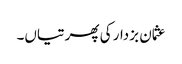
عثمان بزدار کی پھرتیاں۔